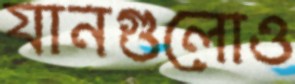
যানগুলোও